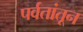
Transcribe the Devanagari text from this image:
पर्वतांतून